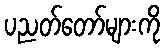
ပညတ်တော်များကို